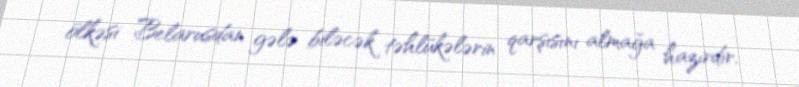
ölkəsi Belarusdan gələ biləcək təhlükələrin qarşısını almağa hazırdır.